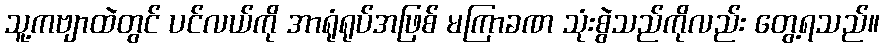
သူ့ကဗျာထဲတွင် ပင်လယ်ကို အာရုံရုပ်အဖြစ် မကြာခဏ သုံးစွဲသည်ကိုလည်း တွေ့ရသည်။